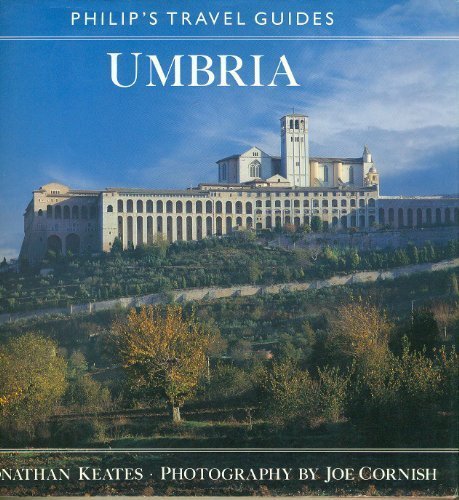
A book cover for Umbria (Philip's Travel Guide); Jonathan Keates; Travel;